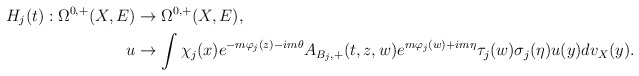
\begin{align*} H_j(t):\Omega^{0,+}(X,E)&\rightarrow\Omega^{0,+}(X,E), \\u&\rightarrow\int\chi_j(x)e^{-m\varphi_j(z)-im\theta}A_{B_j,+}(t,z,w)e^{m\varphi_j(w)+im\eta}\tau_j(w)\sigma_j(\eta)u(y)dv_X(y).\end{align*}